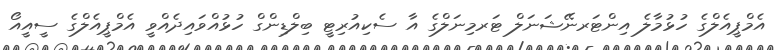
އެމްޕީއެލްގެ ހުޅުމާލެ އިންޓަރނޭޝަނަލް ޓަރމިނަލްގެ އާ ސެކިއުރިޓީ ބިލްޑިންގް ހުޅުއްވައިދެއްވީ އެމްޕީއެލްގެ ސީއީއޯ